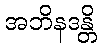
အဘိနဒန္တိ